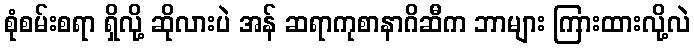
စုံစမ်းစရာ ရှိလို့ ဆိုလားပဲ အန် ဆရာကုစာနာဂိဆီက ဘာများ ကြားထားလို့လဲ